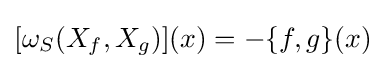
[{\omega _{S}}(X_{f},X_{g})](x)=-\{f,g\}(x)